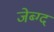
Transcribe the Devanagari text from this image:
जेब्ग्द